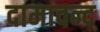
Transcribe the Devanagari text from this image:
दामावन्द